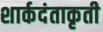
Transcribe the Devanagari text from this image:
शार्कदंताकृती